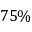
7 5 \%